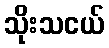
သိုးသငယ်